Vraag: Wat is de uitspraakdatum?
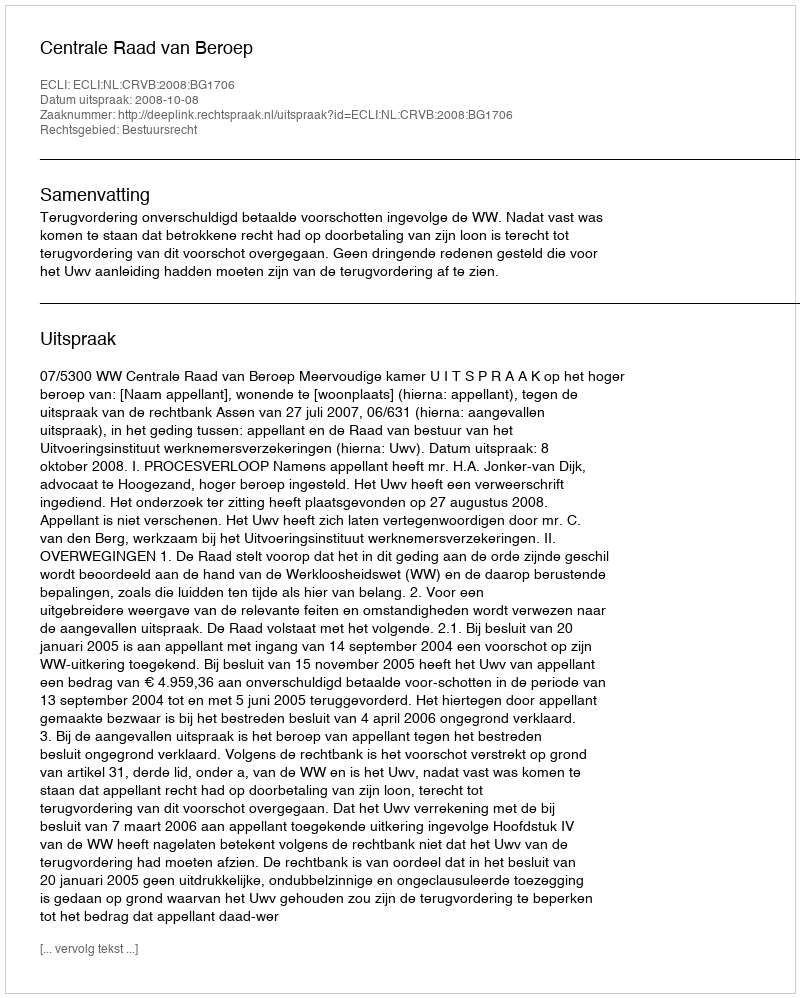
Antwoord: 2008-10-08